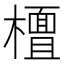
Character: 𣞀